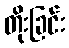
တိုးခြင်း